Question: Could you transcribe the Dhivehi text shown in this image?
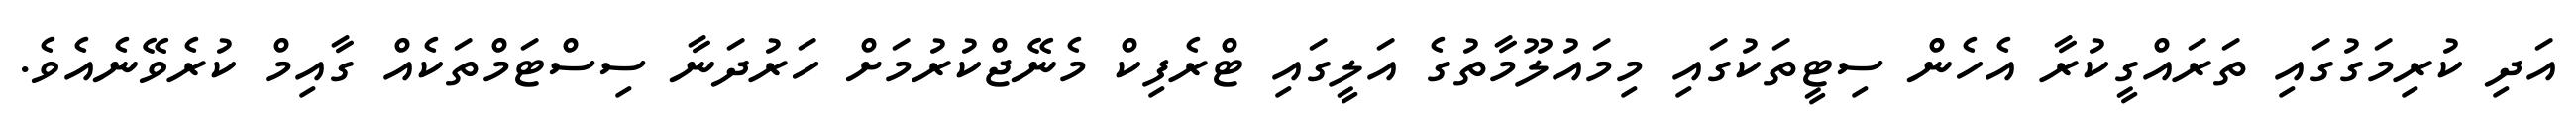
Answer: އަދި ކުރިމަގުގައި ތަރައްގީކުރާ އެހެން ސިޓީތަކުގައި މިމައުލޫމާތުގެ އަލީގައި ޓްރެފިކް މެނޭޖްކުރުމަށް ހަރުދަނާ ސިސްޓަމްތަކެއް ގާއިމް ކުރެވޭނެއެވެ.